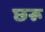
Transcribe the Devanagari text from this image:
छरू